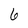
Character: 6